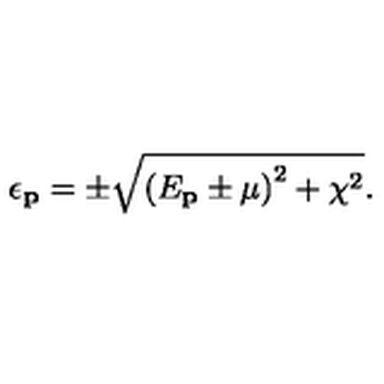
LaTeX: \epsilon _ { \mathbf { p } } = \pm \sqrt { \left( E _ { \mathbf { p } } \pm \mu \right) ^ { 2 } + \chi ^ { 2 } } .